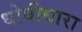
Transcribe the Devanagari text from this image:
धोबीधारा